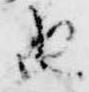
由